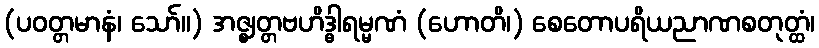
(ပဝတ္တမာနံ၊ သော်။) အဇ္ဈတ္တဗဟိဒ္ဓါရမ္မဏံ (ဟောတိ၊) စေတောပရိယညာဏစတုတ္ထံ၊